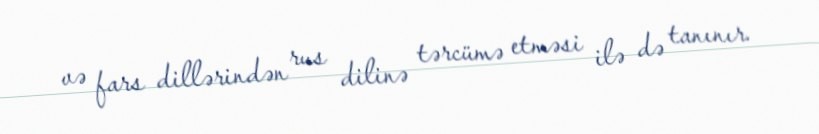
və fars dillərindən rus dilinə tərcümə etməsi ilə də tanınır.